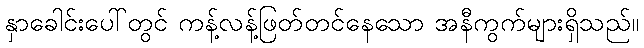
နှာခေါင်းပေါ်တွင် ကန့်လန့်ဖြတ်တင်နေသော အနီကွက်များရှိသည်။